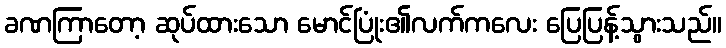
ခဏကြာတော့ ဆုပ်ထားသော မောင်ပြုံး၏လက်ကလေး ပြေပြန့်သွားသည်။